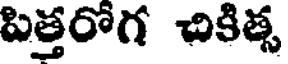
పిత్తరోగ చికిత్స